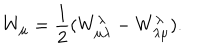
LaTeX: W _ { \mu } = \frac { 1 } { 2 } ( W _ { \mu \lambda } ^ { \lambda } - W _ { \lambda \mu } ^ { \lambda } ) .